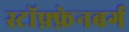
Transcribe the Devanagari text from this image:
स्टॉफ़्फ़ेनबर्ग